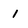
Character: 1